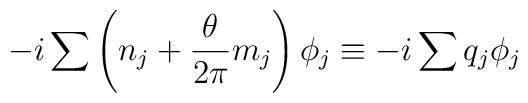
- i \sum \left( n_j + \frac{ \theta }{ 2 \pi} m_j \right) \phi_j\equiv -i \sum q_j \phi_j